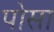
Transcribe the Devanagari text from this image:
पोसा